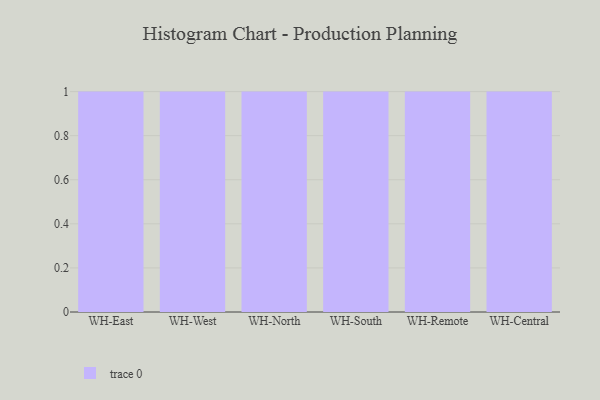
{"axis": {"x": "Warehouse", "y": "Demand Index"}, "legend": [""], "data": [{"x": "WH-East", "y": 75, "type": ""}, {"x": "WH-West", "y": 34, "type": ""}, {"x": "WH-North", "y": 5, "type": ""}, {"x": "WH-South", "y": 89, "type": ""}, {"x": "WH-Remote", "y": 22, "type": ""}, {"x": "WH-Central", "y": 81, "type": ""}]}